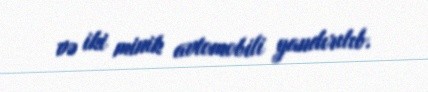
və iki minik avtomobili yandırılıb.